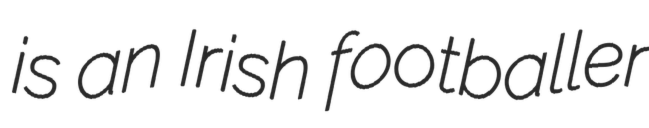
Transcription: is an Irish footballer